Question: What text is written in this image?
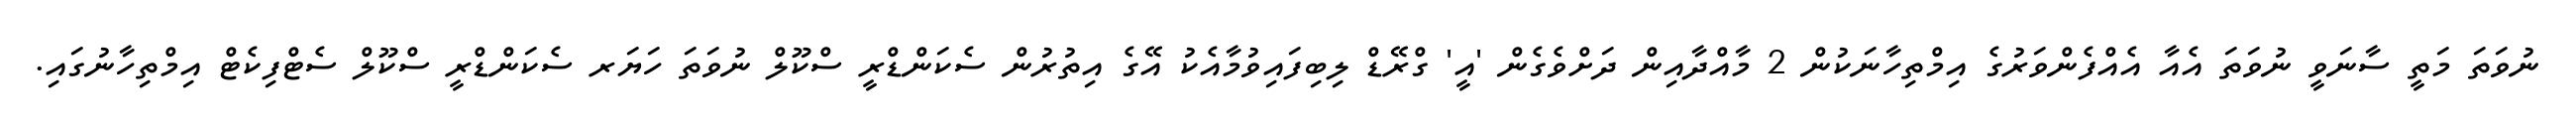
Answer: ނުވަތަ މަތީ ސާނަވީ ނުވަތަ އެއާ އެއްފެންވަރުގެ އިމްތިހާނަކުން 2 މާއްދާއިން ދަށްވެގެން 'އީ' ގްރޭޑް ލިބިފައިވުމާއެކު އޭގެ އިތުރުން ސެކަންޑްރީ ސްކޫލް ނުވަތަ ހަޔަރ ސެކަންޑްރީ ސްކޫލް ސެޓްފިކެޓް އިމްތިހާނުގައި.